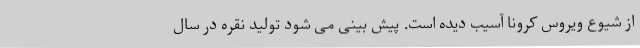
از شیوع ویروس کرونا آسیب دیده است. پیش بینی می شود تولید نقره در سال